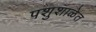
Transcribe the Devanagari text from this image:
पशुशाळेत